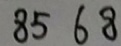
8 5 6 8